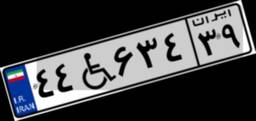
۶۷W۸۹۸۵۹